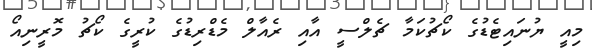
މިއީ ޔުނައިޓެޑުގެ ކޯޗުކަމާ ޗެލްސީ އާއި ރެއާލް މެޑްރިޑުގެ ކުރީގެ ކޯޗު މޮރީނިއޯ